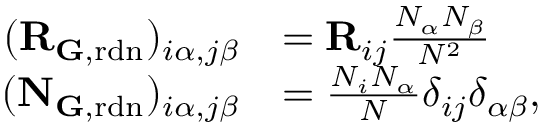
\begin{array} { r l } { ( \mathbf { R } _ { { \mathbf G } , \mathrm { r d n } } ) _ { i \alpha , j \beta } } & { = \mathbf { R } _ { i j } \frac { N _ { \alpha } N _ { \beta } } { N ^ { 2 } } } \\ { ( \mathbf { N } _ { \mathbf { G } , \mathrm { r d n } } ) _ { i \alpha , j \beta } } & { = \frac { N _ { i } N _ { \alpha } } { N } \delta _ { i j } \delta _ { \alpha \beta } , } \end{array}